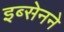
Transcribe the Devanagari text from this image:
इब्सेनने